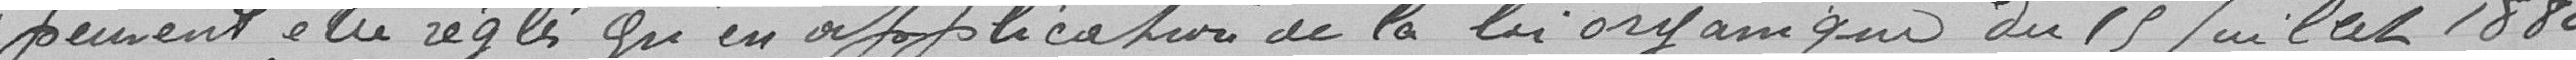
peuvent être réglés qu'en application de la loi organique du 15 juillet  1880